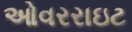
ઓવરરાઇટ